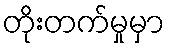
တိုးတက်မှုမှာ